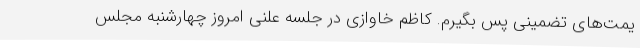
یمت‌های تضمینی پس بگیرم. کاظم خاوازی در جلسه علنی امروز چهارشنبه مجلس